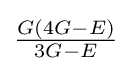
{\tfrac {G(4G-E)}{3G-E}}